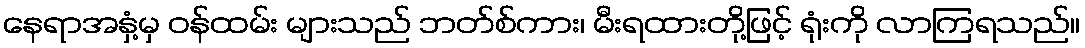
နေရာအနှံ့မှ ဝန်ထမ်း များသည် ဘတ်စ်ကား၊ မီးရထားတို့ဖြင့် ရုံးကို လာကြရသည်။